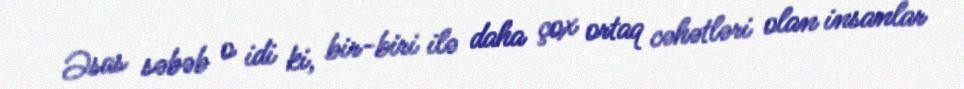
Əsas səbəb o idi ki, bir-biri ilə daha çox ortaq cəhətləri olan insanlar